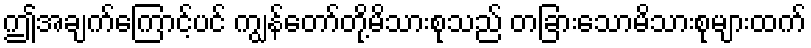
ဤအချက်ကြောင့်ပင် ကျွန်တော်တို့မိသားစုသည် တခြားသောမိသားစုများထက်